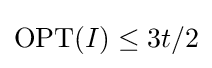
\mathrm {OPT} (I)\leq 3t/2